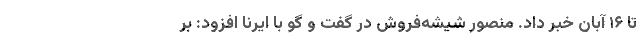
تا ۱۶ آبان خبر داد. منصور شیشه‌فروش در گفت و گو با ایرنا افزود: بر